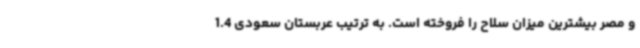
و مصر بیشترین میزان سلاح را فروخته است. به ترتیب عربستان سعودی 1.4